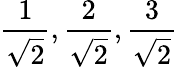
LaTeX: \frac{1}{\sqrt{2}},\frac{2}{\sqrt{2}},\frac{3}{\sqrt{2}}